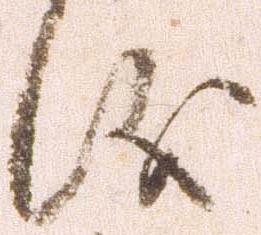
儀